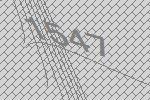
1547